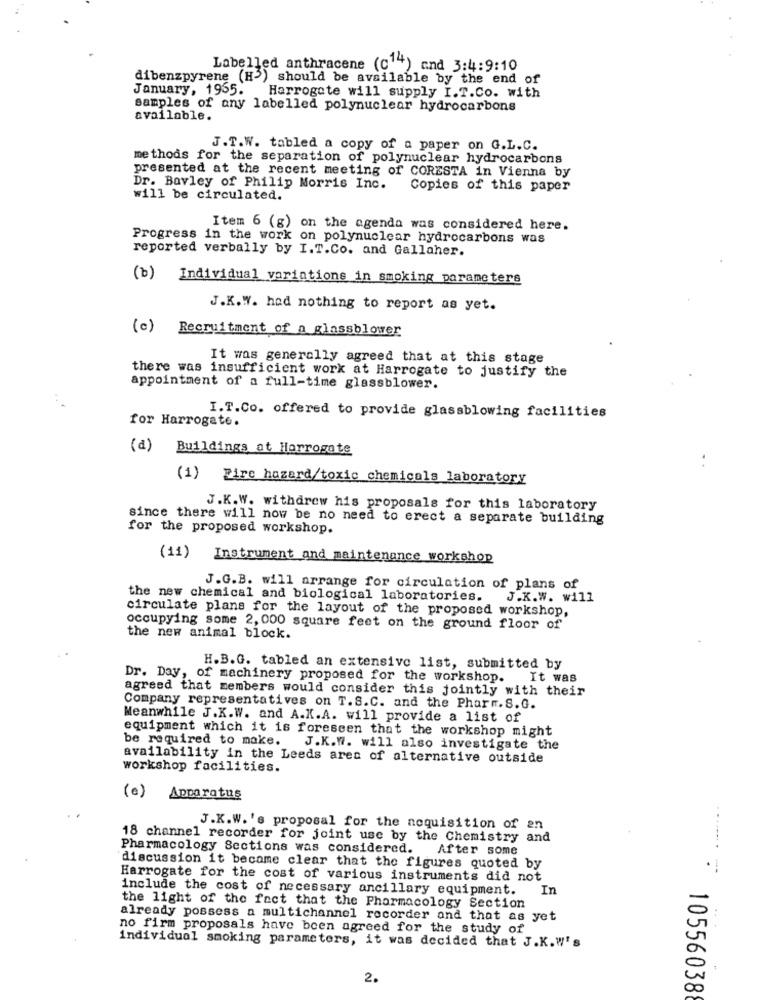
Labelled anthracene (C 4) and 3:4:9:10
dibenzpyrene (H-) should be available by the end of
January, 1965.
Harrogate will supply I.T.Co. with
samples of any labelled polynuclear hydrocarbons
available.
J.T.W. tabled a copy of a paper on G.L.C.
methods for the separation of polynuclear hydrocarbons
presented at the recent meeting of CORESTA in Vienna by
Dr. Bavley of Philip Morris Inc.
Copies of this paper
will be circulated.
Item 6 (g) on the agenda was considered here.
Progress in the work on polynuclear hydrocarbons was
reported verbally by I.T.Co. and Gallaher.
(b) Individual variations in smoking parameters
J.K.W. had nothing to report as yet.
(0)
Recruitment of a glassblower
It was generally agreed that at this stage
there was insufficient work at Harrogate to justify the
appointment of a full-time glassblower.
for Harrogate.
I.T.Co. offered to provide glassblowing facilities
(d) Buildings at Harrogate
(1) Fire hazard/toxic chemicals laboratory
J.K.W. withdrew his proposals for this laboratory
since there will now be no need to erect a separate building
for the proposed workshop.
(11) Instrument and maintenance workshop
J.G.B. will arrange for circulation of plans of
the new chemical and biological laboratories.
J.K.W. will
circulate plans for the layout of the proposed workshop,
occupying some 2, 000 square feet on the ground floor of
the new animal block.
H.B.G. tabled an extensive list, submitted by
Dr. Day, of machinery proposed for the workshop.
It was
agreed that members would consider this jointly with their
Company representatives on T.S.C. and the Pharm. S.G.
Meanwhile J.K.W. and A.K.A. will provide a list of
equipment which it is foreseen that the workshop might
be required to make.
J.K.W. will also investigate the
availability in the Leeds area of alternative outside
workshop facilities.
(e) Apparatus
J.K.W.'s proposal for the noquisition of en
18 channel recorder for joint usc by the Chemistry and
Pharmacology Sections was considered.
After some
........
discussion it became clear that the figures quoted by
Harrogate for the cost of various instruments did not
include the cost of necessary ancillary equipment.
In
the light of the fact that the Pharmacology Section
already possess a multichannel recorder and that as yet
no firm proposals have been agreed for the study of
individual smoking parameters, it was decided that J.K.W's
2.
105560388